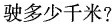
驶多少千米?